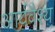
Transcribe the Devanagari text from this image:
आर्यवैश्‍य